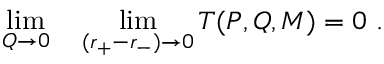
\operatorname * { l i m } _ { Q \rightarrow 0 } \quad \operatorname * { l i m } _ { ( r _ { + } - r _ { - } ) \rightarrow 0 } T ( P , Q , M ) = 0 \ .